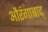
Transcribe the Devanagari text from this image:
औरंगाबाद्